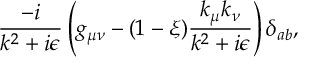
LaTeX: \frac { - i } { k ^ { 2 } + i \epsilon } \left( g _ { \mu \nu } - ( 1 - \xi ) \frac { k _ { \mu } k _ { \nu } } { k ^ { 2 } + i \epsilon } \right) \delta _ { a b } ,